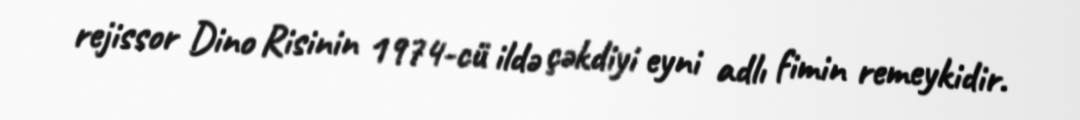
rejissor Dino Risinin 1974-cü ildə çəkdiyi eyni adlı fimin remeykidir.